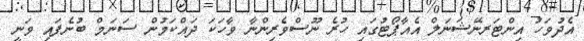
އެދުވަހު އިންޓަރނޭޝަނަލް އެއާޕޯޓުގައި ހުރެ ނޫސްވެރިންނާ ވާހަކަ ދައްކަމުން ސަނަމް ބުނެފައި ވަނީ